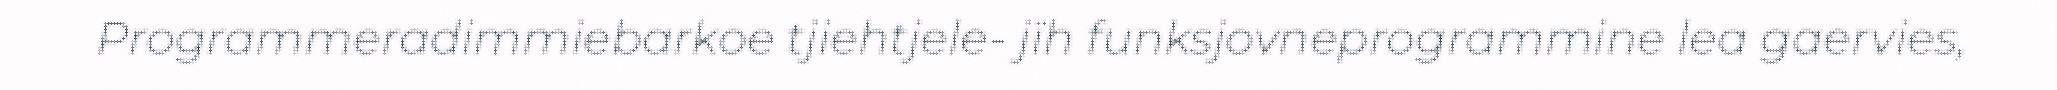
Programmeradimmiebarkoe tjiehtjele- jïh funksjovneprogrammine lea gaervies,